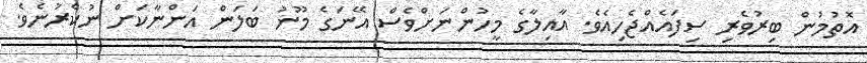
އޮތުމުން ބިރުވެރި ސިފައެއްޖެހިއެވެ. އާއިލާގެ މީހުންނަށްވެސް އޭނަގެ މޫނު ބަލަން އަންނާކަށް ނުކެރުނެވެ.